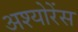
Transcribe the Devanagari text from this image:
अश्योरेंस